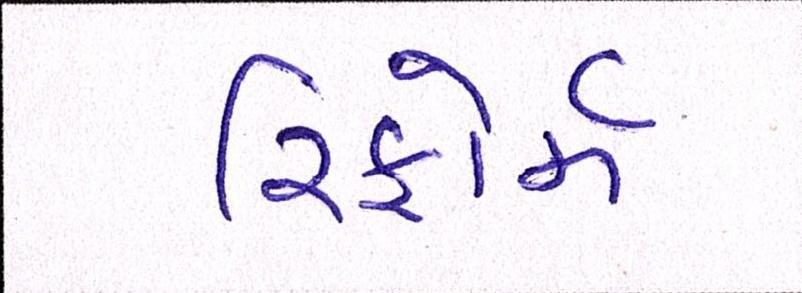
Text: રિફોર્મ